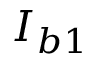
\boldsymbol { I } _ { b 1 }